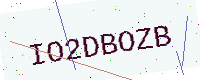
Text: IO2DBOZB